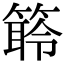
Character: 䉁